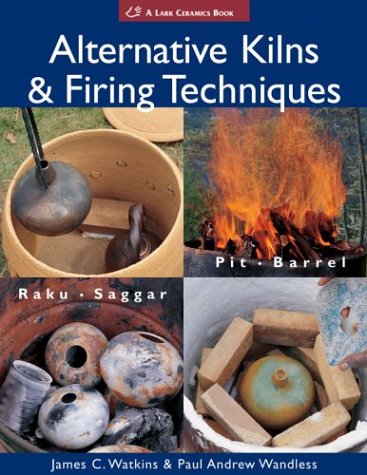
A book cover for Alternative Kilns & Firing Techniques: Raku * Saggar * Pit * Barrel (A Lark Ceramics Book); James C. Watkins; Arts & Photography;